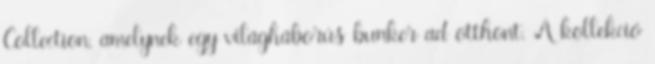
Collection, amelynek egy világháborús bunker ad otthont. A kollekció